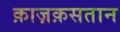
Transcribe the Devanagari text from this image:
क़ाज़क़सतान